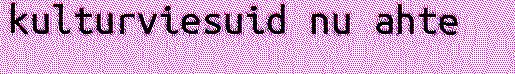
kulturviesuid nu ahte